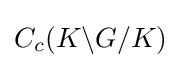
C_{c}(K\backslash G/K)